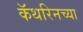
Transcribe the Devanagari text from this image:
कॅथरिनच्या